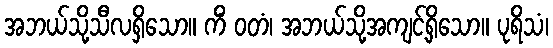
အဘယ်သို့သီလရှိသော။ ကိံ ဝတံ၊ အဘယ်သို့အကျင့်ရှိသော။ ပုရိသံ၊